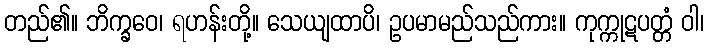
တည်၏။ ဘိက္ခဝေ၊ ရဟန်းတို့။ သေယျထာပိ၊ ဥပမာမည်သည်ကား။ ကုက္ကုဋပတ္တံ ဝါ၊